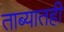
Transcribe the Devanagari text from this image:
ताब्यातही